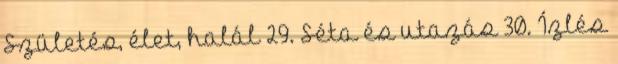
Születés, élet, halál 29. Séta és utazás 30. Ízlés